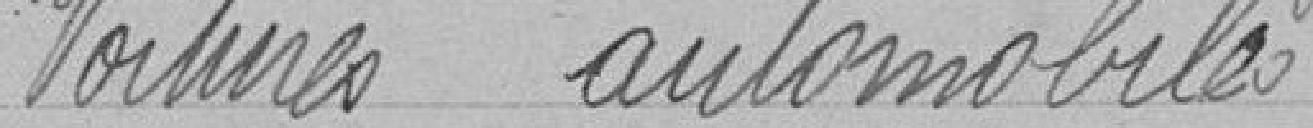
Voiture automobile.